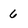
Character: 6